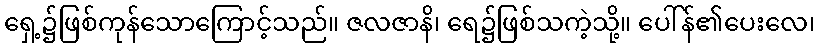
ရှေ့၌ဖြစ်ကုန်သောကြောင့်သည်။ ဇလဇာနိ၊ ရေ၌ဖြစ်သကဲ့သို့။ ပေါ်န်၏ပေးလေ၊